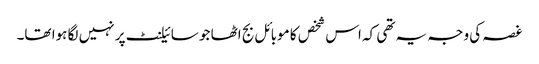
غصہ کی وجہ یہ تھی کہ اس شخص کا موبائل بج اٹھا جو سائیلنٹ پر نہیں لگا ہوا تھا۔